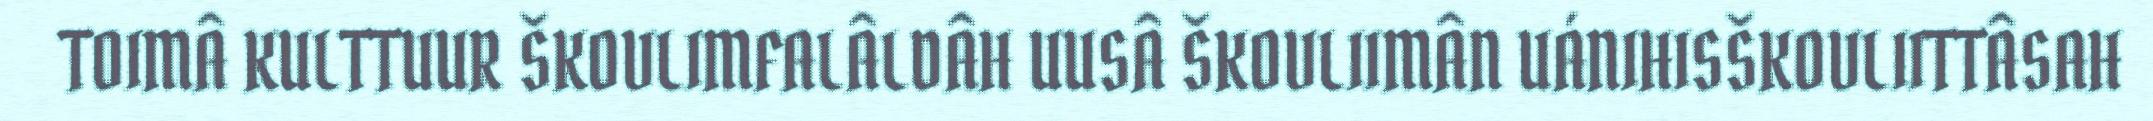
TOIMÂ KULTTUUR ŠKOVLIMFALÂLDÂH UUSÂ ŠKOVLIIMÂN UÁNIHISŠKOVLIITTÂSAH